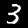
Label: 3